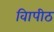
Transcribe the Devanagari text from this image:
विापीठ